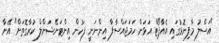
"އަސްލު މާފިނޮޅުގައި އެއާޕޯޓް އަޅަން ހަމަޖައްސާފާ އިންނަނީ ފަހުން އިންޓަނޭޝަންލް ކުރާގޮތަށް" އޭނާ